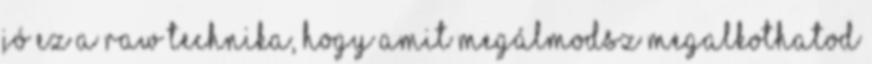
jó ez a raw technika, hogy amit megálmodsz megalkothatod